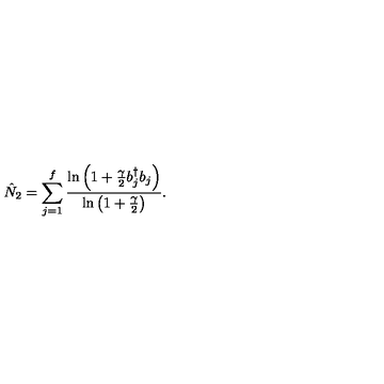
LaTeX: \hat { N } _ { 2 } = \sum _ { j = 1 } \sp f { \frac { \ln \left( 1 + { \frac { \gamma } { 2 } } b _ { j } \sp { \dagger } b _ { j } \right) } { \ln \left( 1 + { \frac { \gamma } { 2 } } \right) } } .